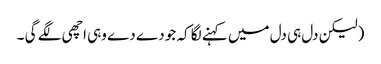
(لیکن دل ہی دل میں کہنے لگا کہ جو دے دے وہی اچھی لگے گی ۔